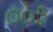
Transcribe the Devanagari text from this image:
००३